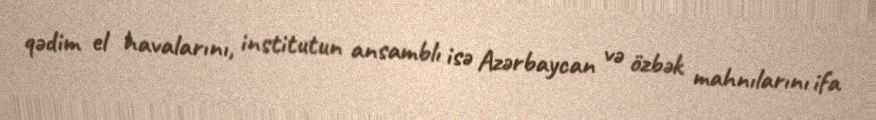
qədim el havalarını, institutun ansamblı isə Azərbaycan və özbək mahnılarını ifa